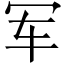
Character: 军